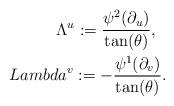
LaTeX: \begin{align*}\Lambda^u:=\frac{\psi^2(\partial_u)}{\tan(\theta)},\ \ \\Lambda^v:=-\frac{\psi^1(\partial_v)}{\tan(\theta)}.\end{align*}